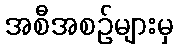
အစီအစဉ်များမှ